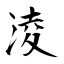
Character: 淩